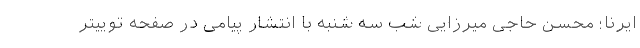
ایرنا؛ محسن حاجی میرزایی شب سه شنبه با انتشار پیامی در صفحه توییتر